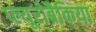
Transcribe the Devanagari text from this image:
प्ल्यूरोब्रैकिया